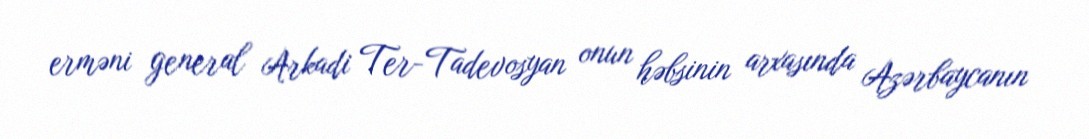
erməni general Arkadi Ter-Tadevosyan onun həbsinin arxasında Azərbaycanın